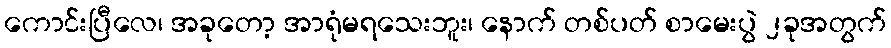
ကောင်းပြီလေ၊ အခုတော့ အာရုံမရသေးဘူး၊ နောက် တစ်ပတ် စာမေးပွဲ ၂ခုအတွက်